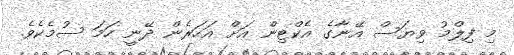
މި ފިލްމު ވިޔަސް އޭނާގެ އެކްޓިން އަށް އަހަރެން ދޭނީ ހަމަ ސުމެކެވެ.